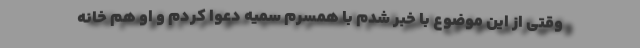
وقتی از این موضوع با خبر شدم با همسرم سمیه دعوا کردم و او هم خانه